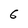
Character: 6